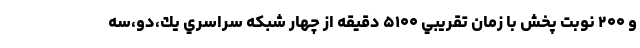
و ۲۰۰ نوبت پخش با زمان تقريبي ۵۱۰۰ دقيقه از چهار شبکه سراسري يك،دو،سه